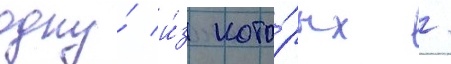
одну́ и́з кото́рых /